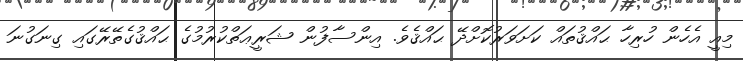
މިއީ އެހެން ހުރިހާ ޙައްޤުތައް ކަށަވަރުކޮށްދޭ ޙައްޤެވެ. އިންސާފުން ޝަރީޢަތްކުރުމުގެ ޙައްޤުގެތޭރޭގައި ގިނަގުނަ